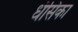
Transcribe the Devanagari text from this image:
धंसिका